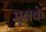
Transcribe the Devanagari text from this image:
घूमके